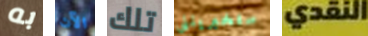
به الآن تلك ستخبرينني النقدي